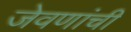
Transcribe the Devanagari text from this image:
जेवणांची